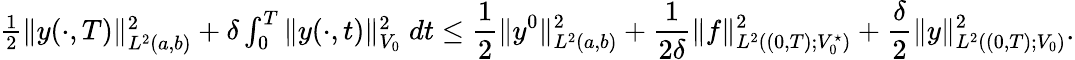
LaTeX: \begin{array}{r}{\frac 12\| y(\cdot,T)\| _{L^{2}(a,b)}^{2}+\delta\int_{0}^{T}\| y(\cdot,t)\| _{V_{0}}^{2}\; dt\leq\displaystyle\frac{1}{2}\| y^{0}\| _{L^{2}(a,b)}^{2}+\frac{1}{2\delta}\| f\| _{L^{2}((0,T);V_{0}^{\star})}^{2}+\frac{\delta}{2}\| y\| _{L^{2}((0,T);V_{0})}^{2}.}\end{array}